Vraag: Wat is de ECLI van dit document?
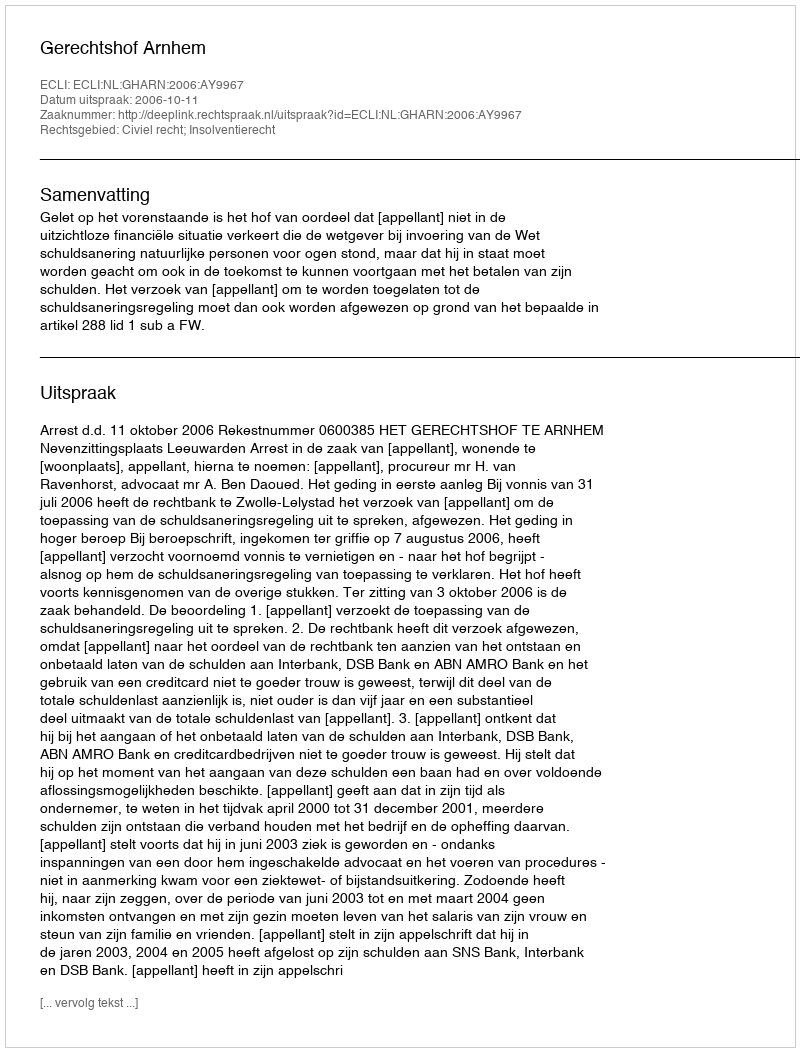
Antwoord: ECLI:NL:GHARN:2006:AY9967